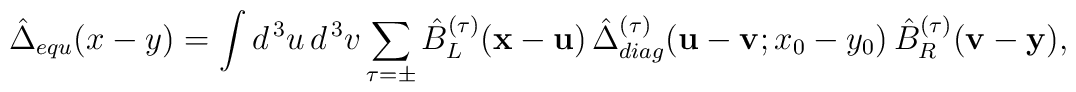
\hat{\Delta}_{equ} (x - y) = \int d^{\, 3} u \, d^{\, 3} v \sum_{\tau = \pm} \hat{B}_L^{(\tau)} ({\bf x} - {\bf u}) \, \hat{\Delta}_{diag}^{(\tau)} ({\bf u} - {\bf v}; x_0 - y_0) \, \hat{B}_R^{(\tau)} ({\bf v} - {\bf y}) ,